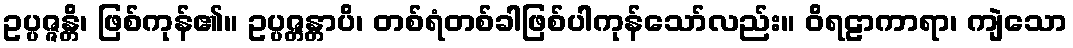
ဥပ္ပဇ္ဇန္တိ၊ ဖြစ်ကုန်၏။ ဥပ္ပဇ္တန္တာပိ၊ တစ်ရံတစ်ခါဖြစ်ပါကုန်သော်လည်း။ ဝိရဠာကာရာ၊ ကျဲသော